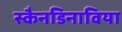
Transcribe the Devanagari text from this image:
स्कैनडिनाविया